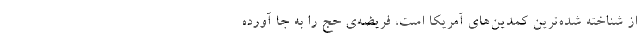
از شناخته شده‌ترین کمدین‌های آمریکا است، فریضه‌ی حج را به جا آورده